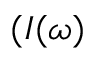
( I ( \omega )